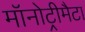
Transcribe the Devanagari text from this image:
मॉनोट्रीमैटा